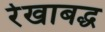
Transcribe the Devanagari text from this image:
रेखाबद्ध